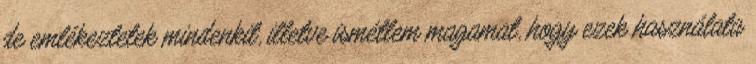
de emlékeztetek mindenkit, illetve ismétlem magamat, hogy ezek használata